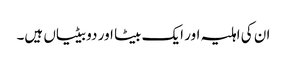
ان کی اہلیہ اور ایک بیٹا اور دو بیٹیاں ہیں۔